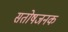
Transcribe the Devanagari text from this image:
सतोषजनक